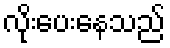
လိုးပေးနေသည်